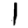
Digit: 1